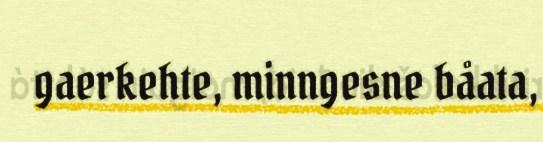
gaerkehte, minngesne båata,